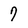
Character: 7